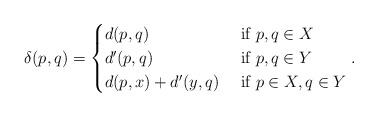
LaTeX: \begin{align*}\delta(p,q) = \begin{cases} d(p,q) & \mbox{ if } p,q\in X\\d'(p,q) & \mbox{ if } p,q \in Y\\d(p,x) + d'(y,q) &\mbox{ if } p\in X, q\in Y\end{cases}.\end{align*}